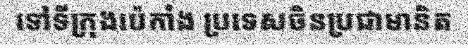
ទៅទីក្រុងប៉េកាំង ប្រទេសចិនប្រជាមានិត